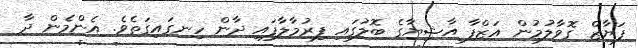
ފަޔާޒް ގޮވާލުމުން އަޒްފާ އާޝިޔާގެ ބޮލުގައި ފިރުމާލާފައި ދާން ހިނގައިގަތެވެ. އެންމެން ދާ